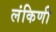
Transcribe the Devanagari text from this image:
लंकिणी